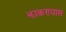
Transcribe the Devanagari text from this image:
झाकण्यास